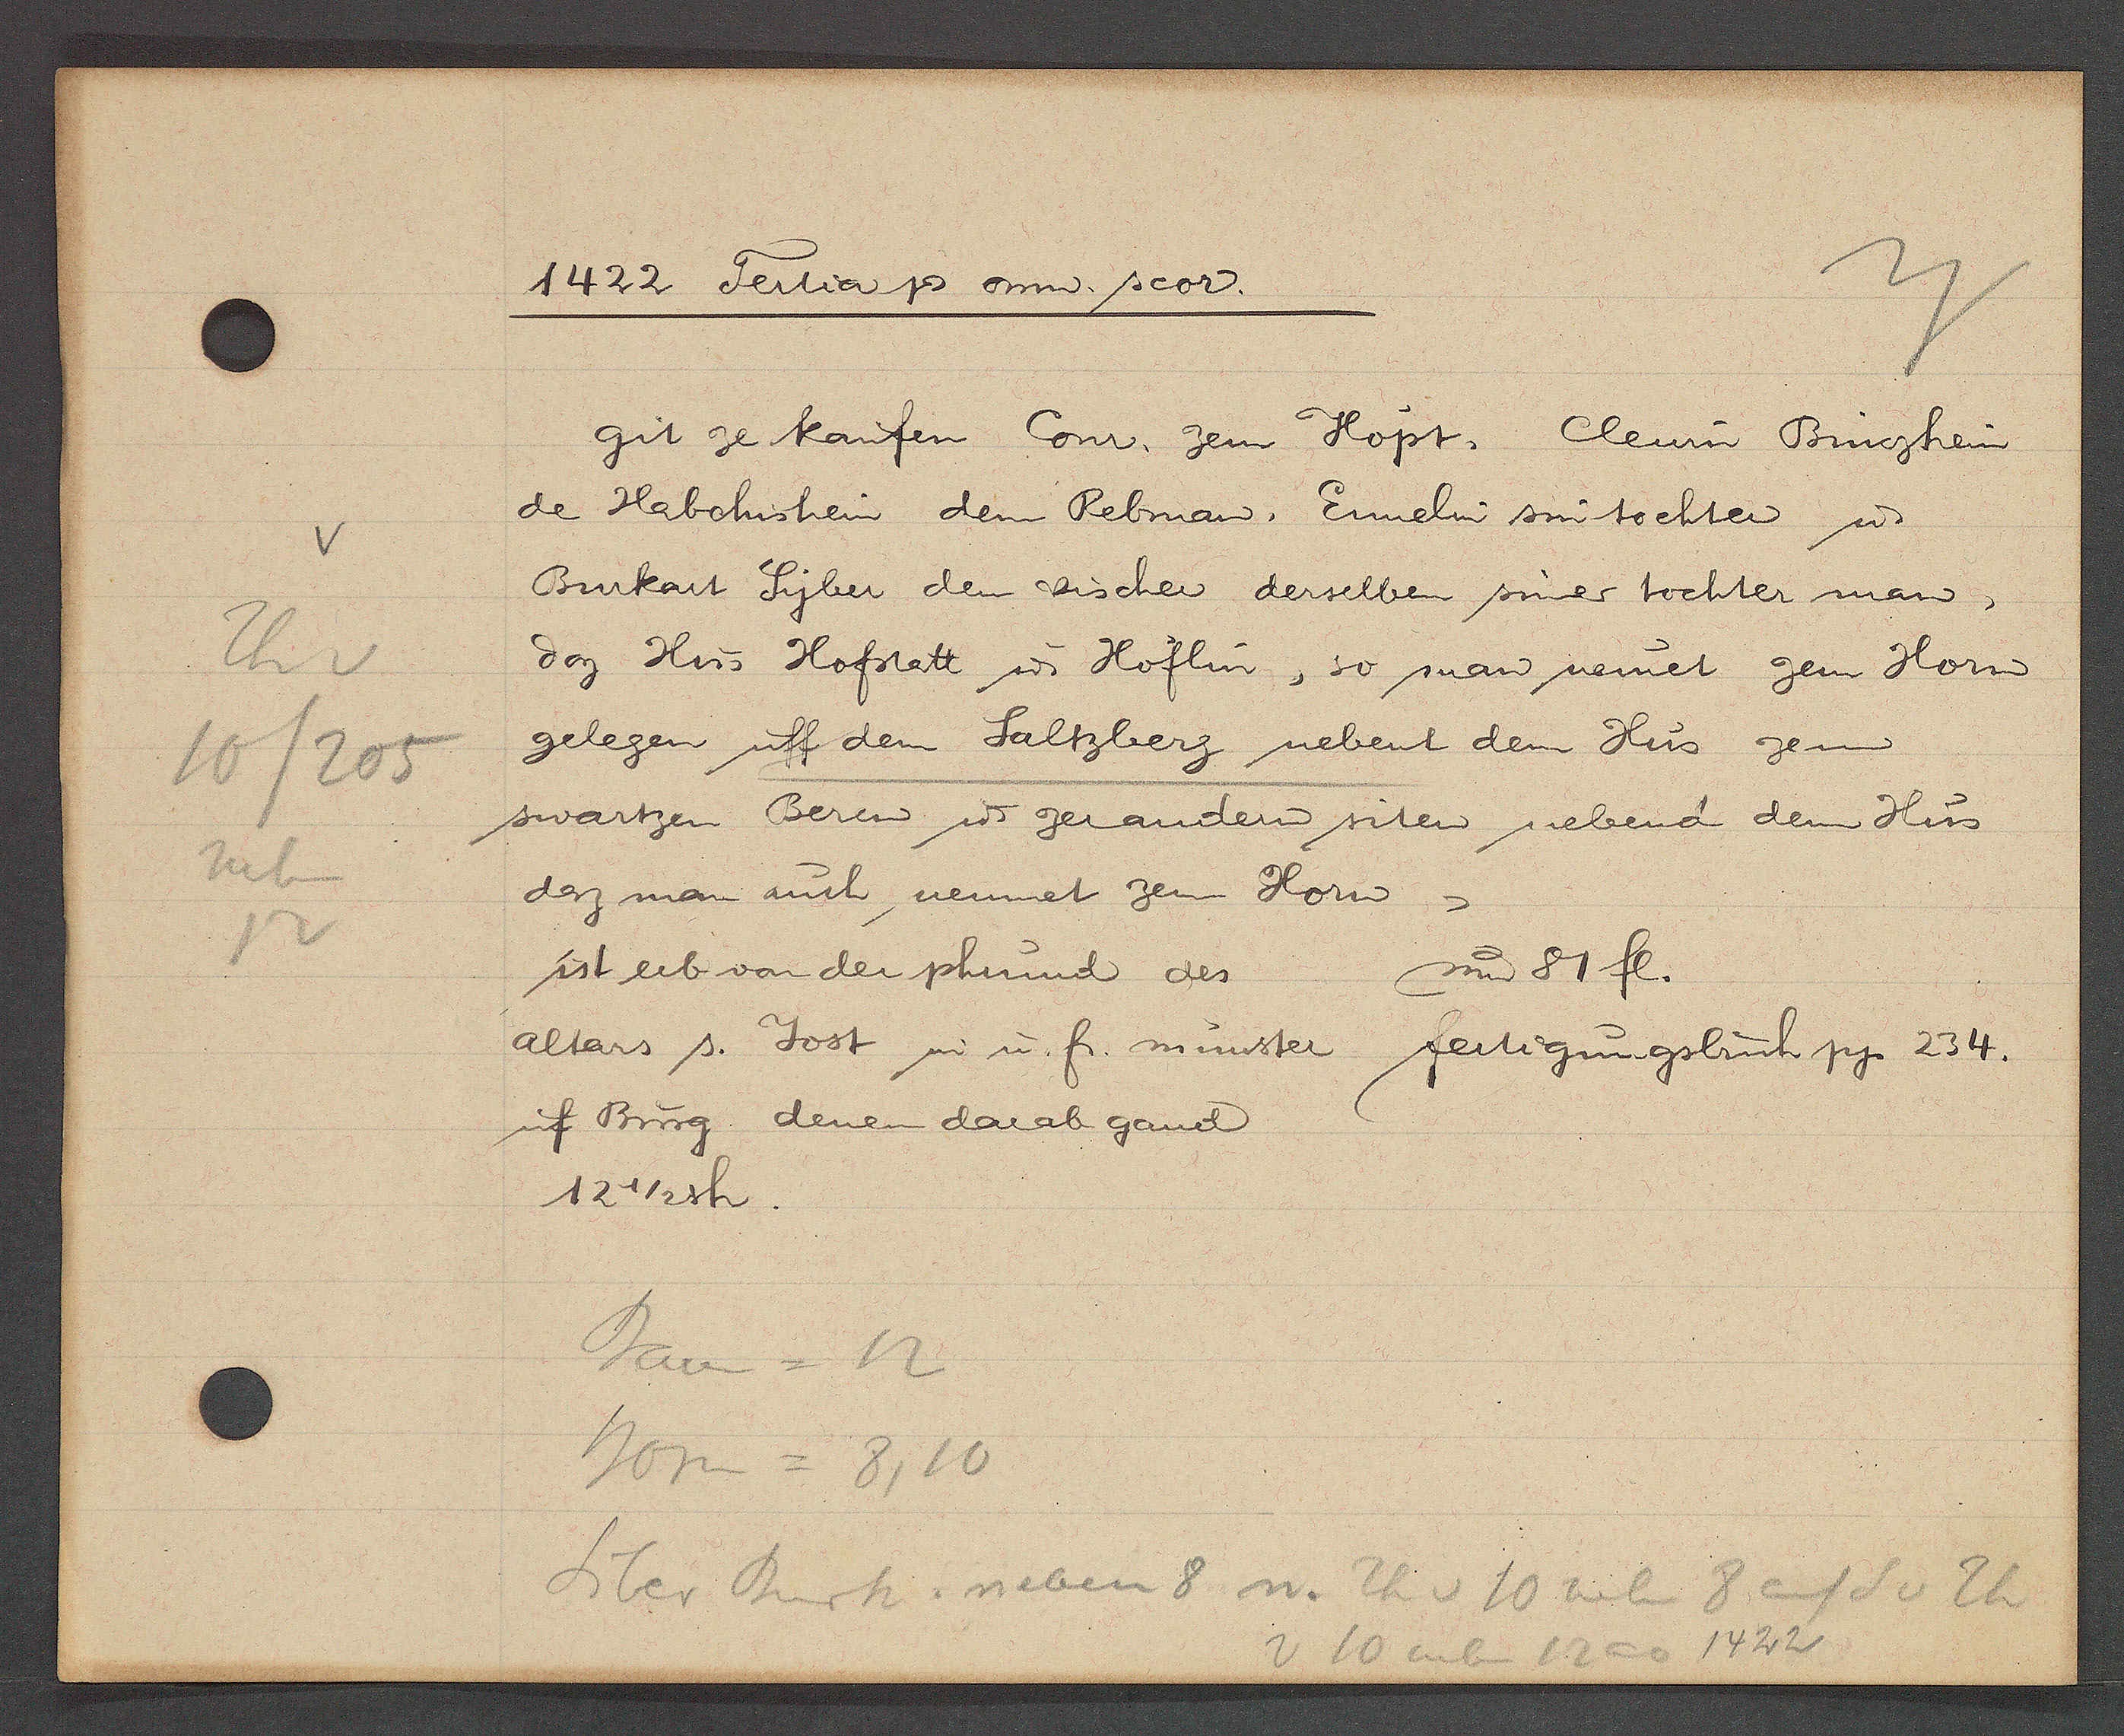
Transcript:
V
Th v
10/205
neben
12

1422 Tertia Ƿ omn. scor.

git ze kaufen Conr. zem Hopt, Clewin Bürghein
de Habchishein dem Rebman. Ennelin sin tochter ư
Burkart Syber dem Bischer derselben siner tochter man,
daz Hus Hofstatt ư Hoflin, so man nemet zem Horn
gelegen uff dem Saltzberg nebent dem Hus zem
swartzen Beren ư gerandern siten nebend dem Hus
doz man auch, nennet zem Horn,
um 51 fl.
ist erb von der phrund des
altars s. dost u u. fr. münster fertigungsbuch pg 234.
uf Burg denen darab gand
12 1/2 sh.

Barn = 12
Horn = 8,10
Fiber Buch. neben 8 u. Th v 10 neben 8 auf Sv 2h
v 10 neben 12 ao 1422